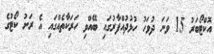
އޮކްޓޯބަރު 15 ވަނަ ދުވަހު ހުޅުދުއްފާރުގައި ބޭއްވި ހަރަކާތެއްގައި އެ ރަށު ކޯޓުގެ